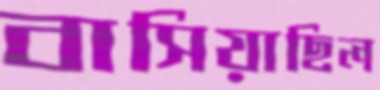
বাসিয়াছিল